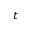
t